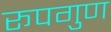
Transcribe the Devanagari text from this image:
रूपगुण